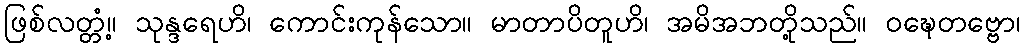
ဖြစ်လတ္တံ့။ သုန္ဒရေဟိ၊ ကောင်းကုန်သော။ မာတာပိတူဟိ၊ အမိအဘတို့သည်။ ဝဍ္ဎေတဗ္ဗော၊